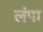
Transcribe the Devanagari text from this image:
लंपा